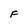
Character: F